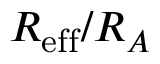
R _ { \mathrm { e f f } } / R _ { A }